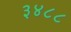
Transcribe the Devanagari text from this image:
३४८८